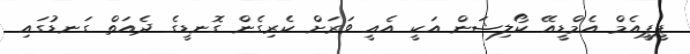
ޕީޕީއެމް އެމްޑީއޭ ކޯލިޝަން އަކީ އެއީ ވަރަށް ކެރިގެން ގޮނޑީގެ ދެއަތް ގަނޑުގައި